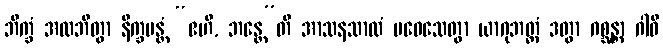
ဘိက္ခံ အလဘိတွာ နိက္ခမန္တံ “ဧဟိ, ဘန္တေ”တိ အာသနသာလံ ပဝေသေတွာ ယာဂုဘတ္တံ ဒတွာ ဂစ္ဆန္တာ ဂါဝီ